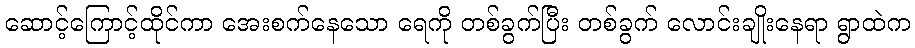
ဆောင့်ကြောင့်ထိုင်ကာ အေးစက်နေသော ရေကို တစ်ခွက်ပြီး တစ်ခွက် လောင်းချိုးနေရာ ရွာထဲက